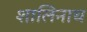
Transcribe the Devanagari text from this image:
शालिनाथ